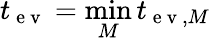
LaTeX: t_{\mathrm{~e~v~}}=\operatorname*{min}_{M}t_{\mathrm{~e~v~},M}